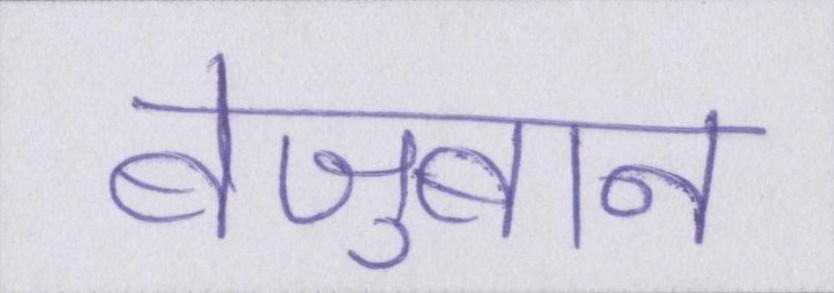
बेज़ुबान